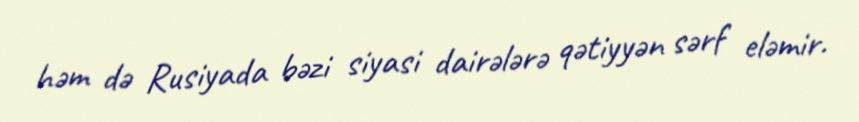
həm də Rusiyada bəzi siyasi dairələrə qətiyyən sərf eləmir.